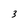
Character: 3